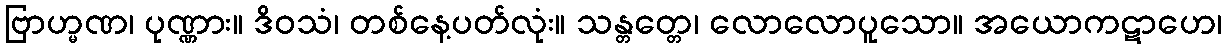
ဗြာဟ္မဏ၊ ပုဏ္ဏား။ ဒိဝသံ၊ တစ်နေ့ပတ်လုံး။ သန္တတ္တေ၊ လောလောပူသော။ အယောကဋာဟေ၊